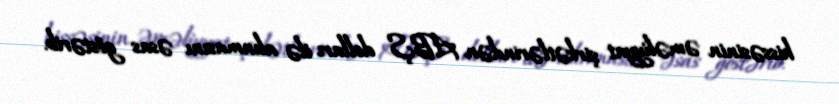
hissəsinin əməliyyat şirkətlərindən ABŞ dolları ilə alınmasını əsas göstərib.